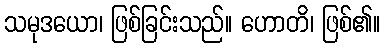
သမုဒယော၊ ဖြစ်ခြင်းသည်။ ဟောတိ၊ ဖြစ်၏။